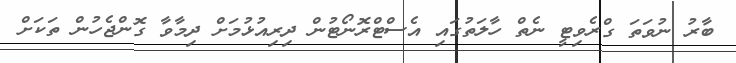
ބާރު ނުވަތަ ގްރެވިޓީ ނެތް ހާލަތުގައި އެސްޓްރޮނޯޓުން ދިރިއުޅުމަށް ދިމާވާ ގޮންޖެހުން ތަކަށް